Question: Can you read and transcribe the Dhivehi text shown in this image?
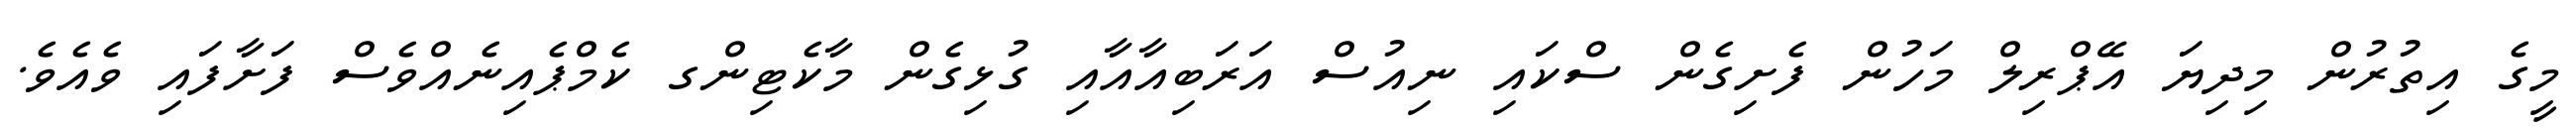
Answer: މީގެ އިތުރުން މިދިޔަ އޭޕްރިލް މަހުން ފެށިގެން ސްކައި ނިއުސް އަރަބިއާއާއި ގުޅިގެން މާކެޓިންގ ކެމްޕެއިނެއްވެސް ފަށާފައި ވެއެވެ.